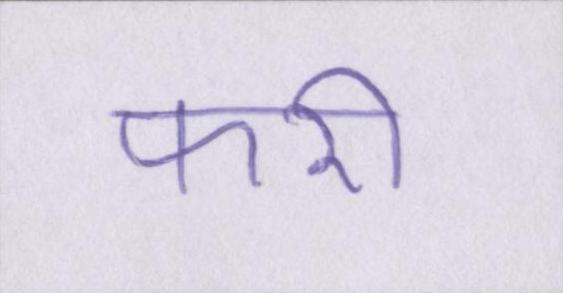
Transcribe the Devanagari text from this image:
फरी